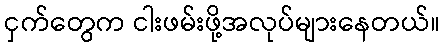
ငှက်တွေက ငါးဖမ်းဖို့အလုပ်များနေတယ်။